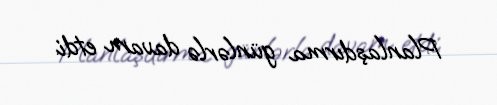
Planlaşdırma günlərlə davam etdi.